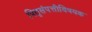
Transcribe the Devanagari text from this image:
पितृसंपत्तीविषयक